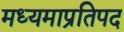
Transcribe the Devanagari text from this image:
मध्यमाप्रतिपद